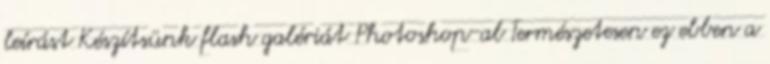
leírást Készítsünk flash galériát Photoshop-al Természetesen ez ebben a